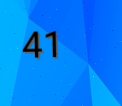
41